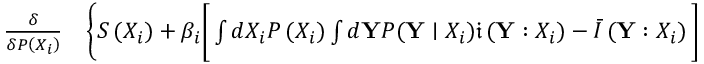
\begin{array} { r l } { \frac { \delta } { \delta P \left( { X } _ { i } \right) } } & { { } \Bigg \{ S \left( { X } _ { i } \right) + \beta _ { i } \bigg [ \int d X _ { i } P \left( { X } _ { i } \right) \int d { \mathbf { Y } } P ( \mathbf { Y } \mid { X } _ { i } ) \mathfrak { i } \left( { \mathbf { Y } } : { X } _ { i } \right) - \bar { I } \left( \mathbf { Y } : { X } _ { i } \right) \bigg ] } \end{array}